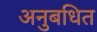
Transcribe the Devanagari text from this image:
अनुबधित